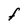
Character: F